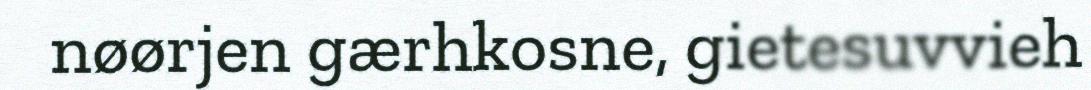
nøørjen gærhkosne, gietesuvvieh